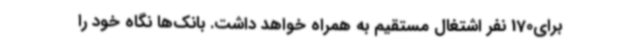
برای170 نفر اشتغال مستقیم به همراه خواهد داشت. بانک‌ها نگاه خود را